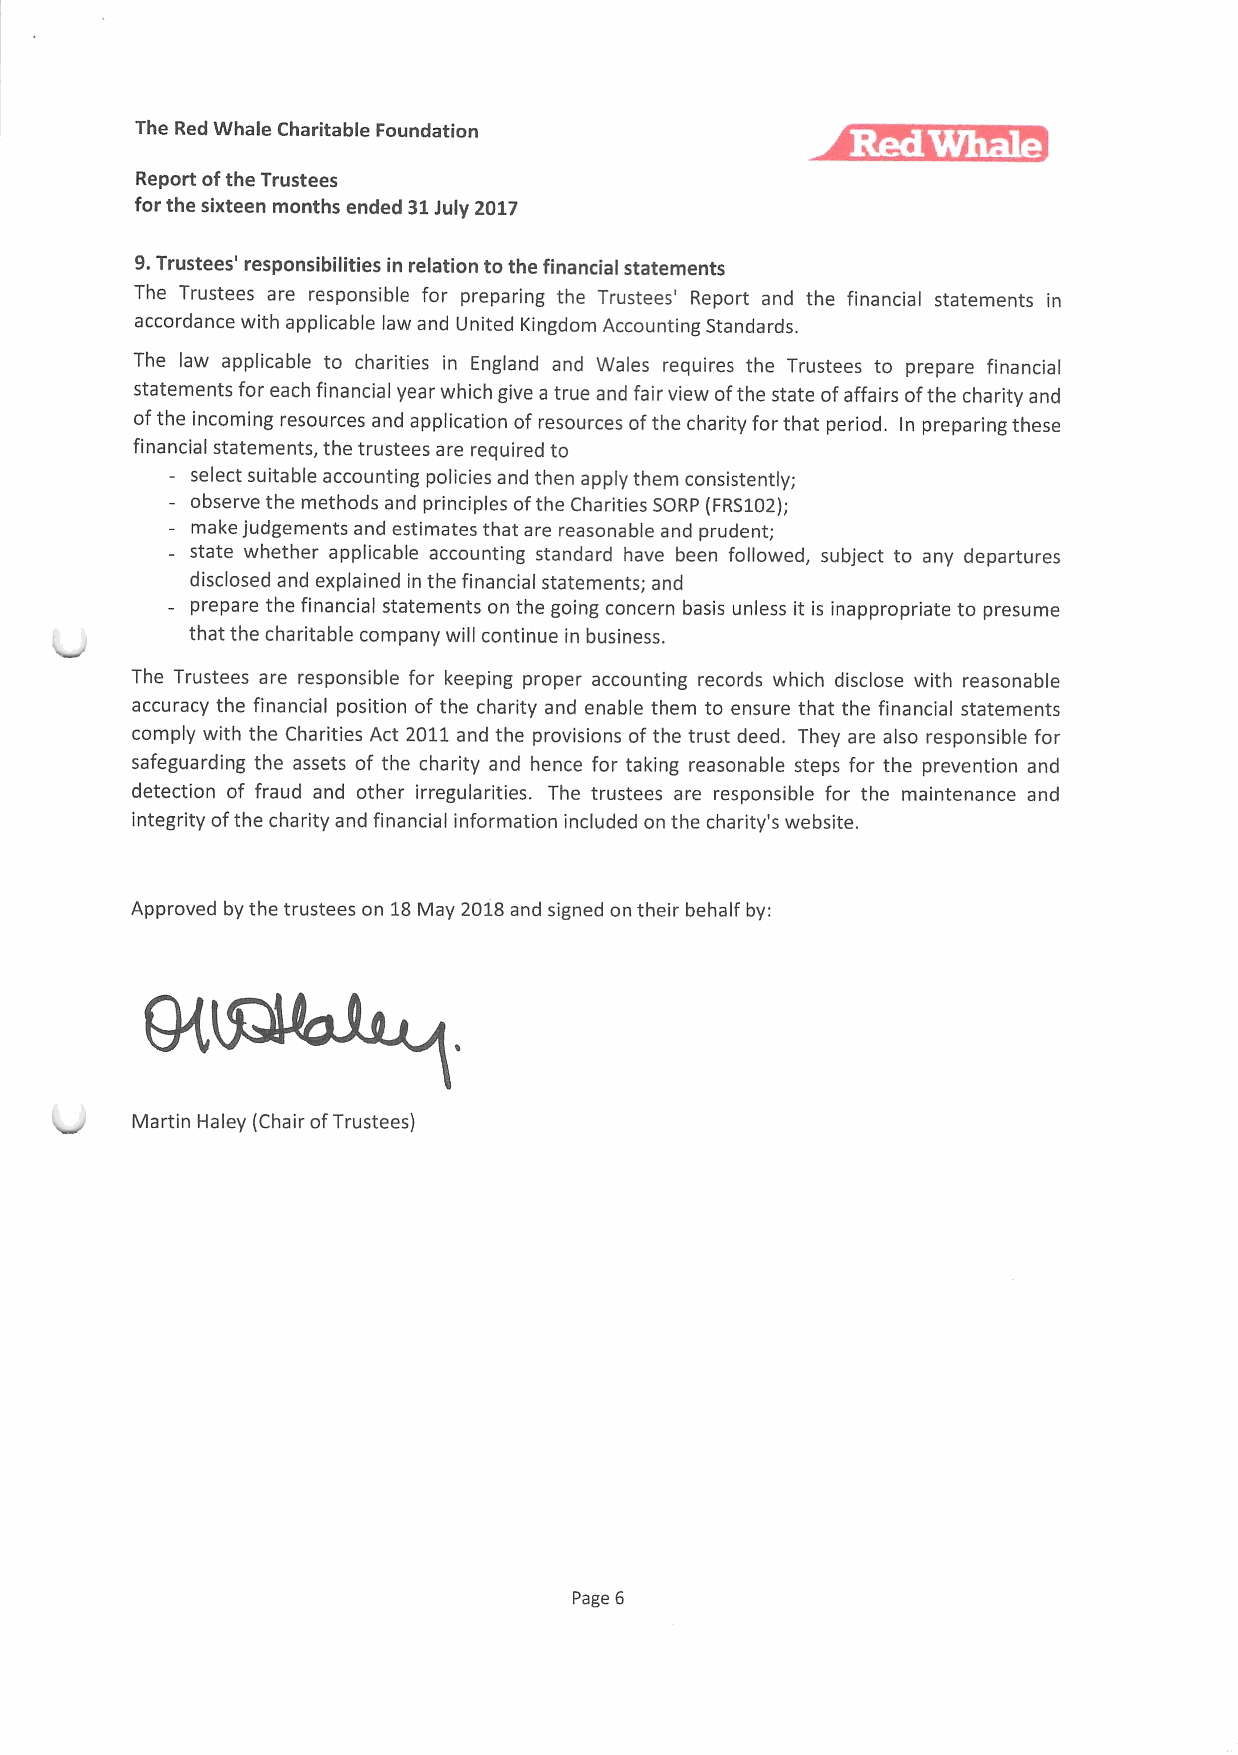
The Red Whale Charitable Foundation
 Report ofthe Trustees
 for the sixteen months ended 31July 2017
 9.Trustees' responsibilities in relation to the financial statements
 The Trustees are responsible for preparing the Trustees' Report and the financial statements in
 accordance with applicable law and United Kingdom Accounting Standards.
 The law applicable to charities in England and Wales requires the Trustees to prepare financial
 statements for each financial year which give a true and fair view ofthe state ofaffairs ofthe charity and
 ofthe incoming resources and application of resources ofthe charity for that period. In preparing these
 financial statements, the trustees are required to
 — select suitable accounting policies and then apply them consistently;
 observe the methods and principles ofthe Charities SORP (FRS102);
 make judgements and estimates that are reasonable and prudent;
 state whether applicable accounting standard have been followed, subject to any departures
 disclosed and explained in the financial statements; and
 prepare the financial statements on the going concern basis unless it is inappropriate to presume
 that the charitable company will continue in business.
 The Trustees are responsible for keeping proper accounting records which disclose with reasonable
 accuracy the financial position of the charity and enable them to ensure that the financial statements
 comply with the Charities Act 2011and the provisions ofthe trust deed. They are also responsible for
 safeguarding the assets of the charity and hence for taking reasonable steps for the prevention and
 detection of fraud and other irregularities. The trustees are responsible for the maintenance and
 integrity ofthe charity and financial information included on the charity's website.
 Approved by the trustees on 18May 2018and signed on their behalf by:
 Martin Haley (Chair ofTrustees)
 Page 6